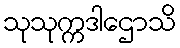
သုသုက္ကဒါဌောသိ